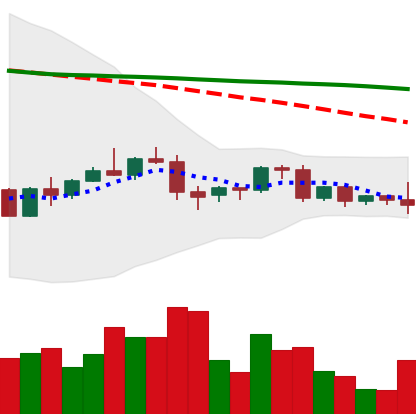
Ticker: BNB-USD
Chart end date: 2022-06-06
Forward return: -8.771%
Label: down_7plus